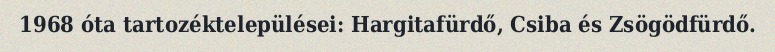
1968 óta tartozéktelepülései: Hargitafürdő, Csiba és Zsögödfürdő.